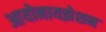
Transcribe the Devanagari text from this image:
आयोनायझेशन